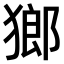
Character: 𤠸